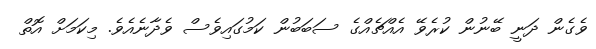
ވެގެން ދަނީ ބޭނުން ކުރެވޭ އެއްޗެއްގެ ސަބަބުން ކަމުގައިވެސް ވެދާނެއެވެ. މިކަމަށް އޮތް